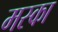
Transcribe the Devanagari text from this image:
मस्का